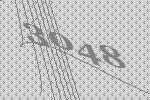
3048